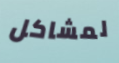
لمشاكل